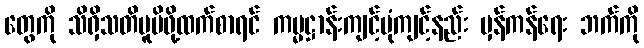
တွေကို သိရှိသတိမူမိဖို့ထက်စာရင် ကမ္မဋ္ဌာန်းကျင့်ပုံကျင့်နည်း မှန်ကန်ရေး ဘက်ကို